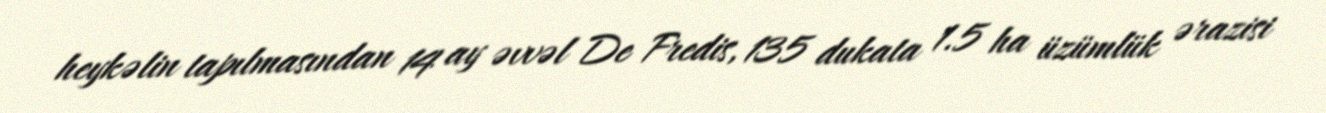
heykəlin tapılmasından 14 ay əvvəl De Fredis, 135 dukata 1.5 ha üzümlük ərazisi